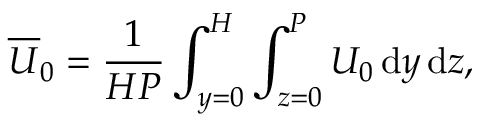
\overline { { U } } _ { 0 } = \frac { 1 } { H P } \int _ { y = 0 } ^ { H } \int _ { z = 0 } ^ { P } U _ { 0 } \, \mathrm { d } y \, \mathrm { d } z ,